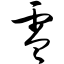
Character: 零